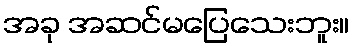
အခု အဆင်မပြေသေးဘူး။